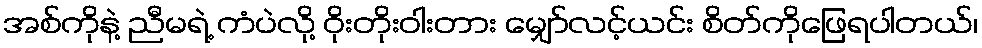
အစ်ကိုနဲ့ ညီမရဲ့ ကံပဲလို့ ဝိုးတိုးဝါးတား မျှော်လင့်ယင်း စိတ်ကိုဖြေရပါတယ်၊